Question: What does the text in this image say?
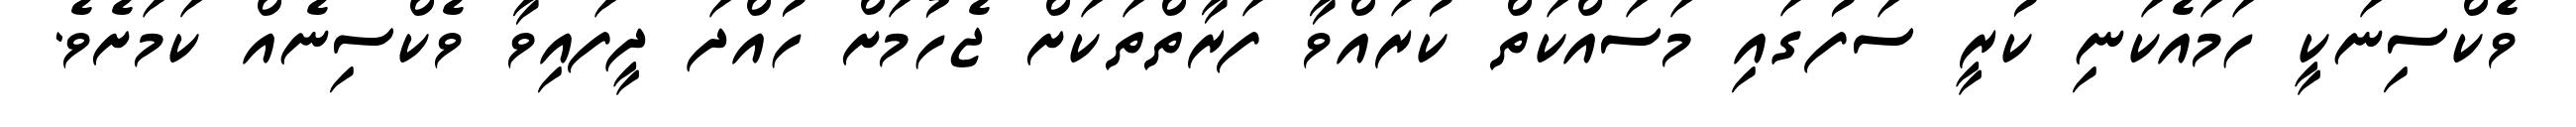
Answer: ވެކްސިނަކީ ހަމައެކަނި ކުރީ ސަފުގައި މަސައްކަތް ކުރައްވާ ފަރާތްތަކަށް ޖެހުމަށް ހުއްދަ ދީފައިވާ ވެކްސިނެއް ކަމަށެވެ.